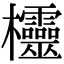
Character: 欞